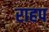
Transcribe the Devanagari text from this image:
राहप